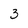
Character: 3